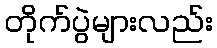
တိုက်ပွဲများလည်း